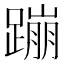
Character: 蹦